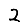
Digit: 2